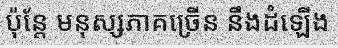
ប៉ុន្តែ មនុស្សភាគច្រើន នឹងដំឡើង